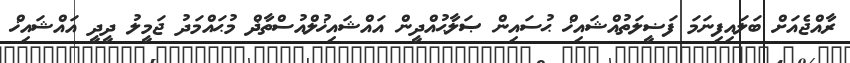
ރާއްޖެއަށް ބަަލައިފިނަމަ ފަޟީލަތުއްޝައިޚް ޙުސައިން ޞަލާޙުއްދީން އައްޝައިޚުލްއުސްތާޛް މުޙައްމަދު ޖަމީލު ދީދީ އައްޝައިޚް